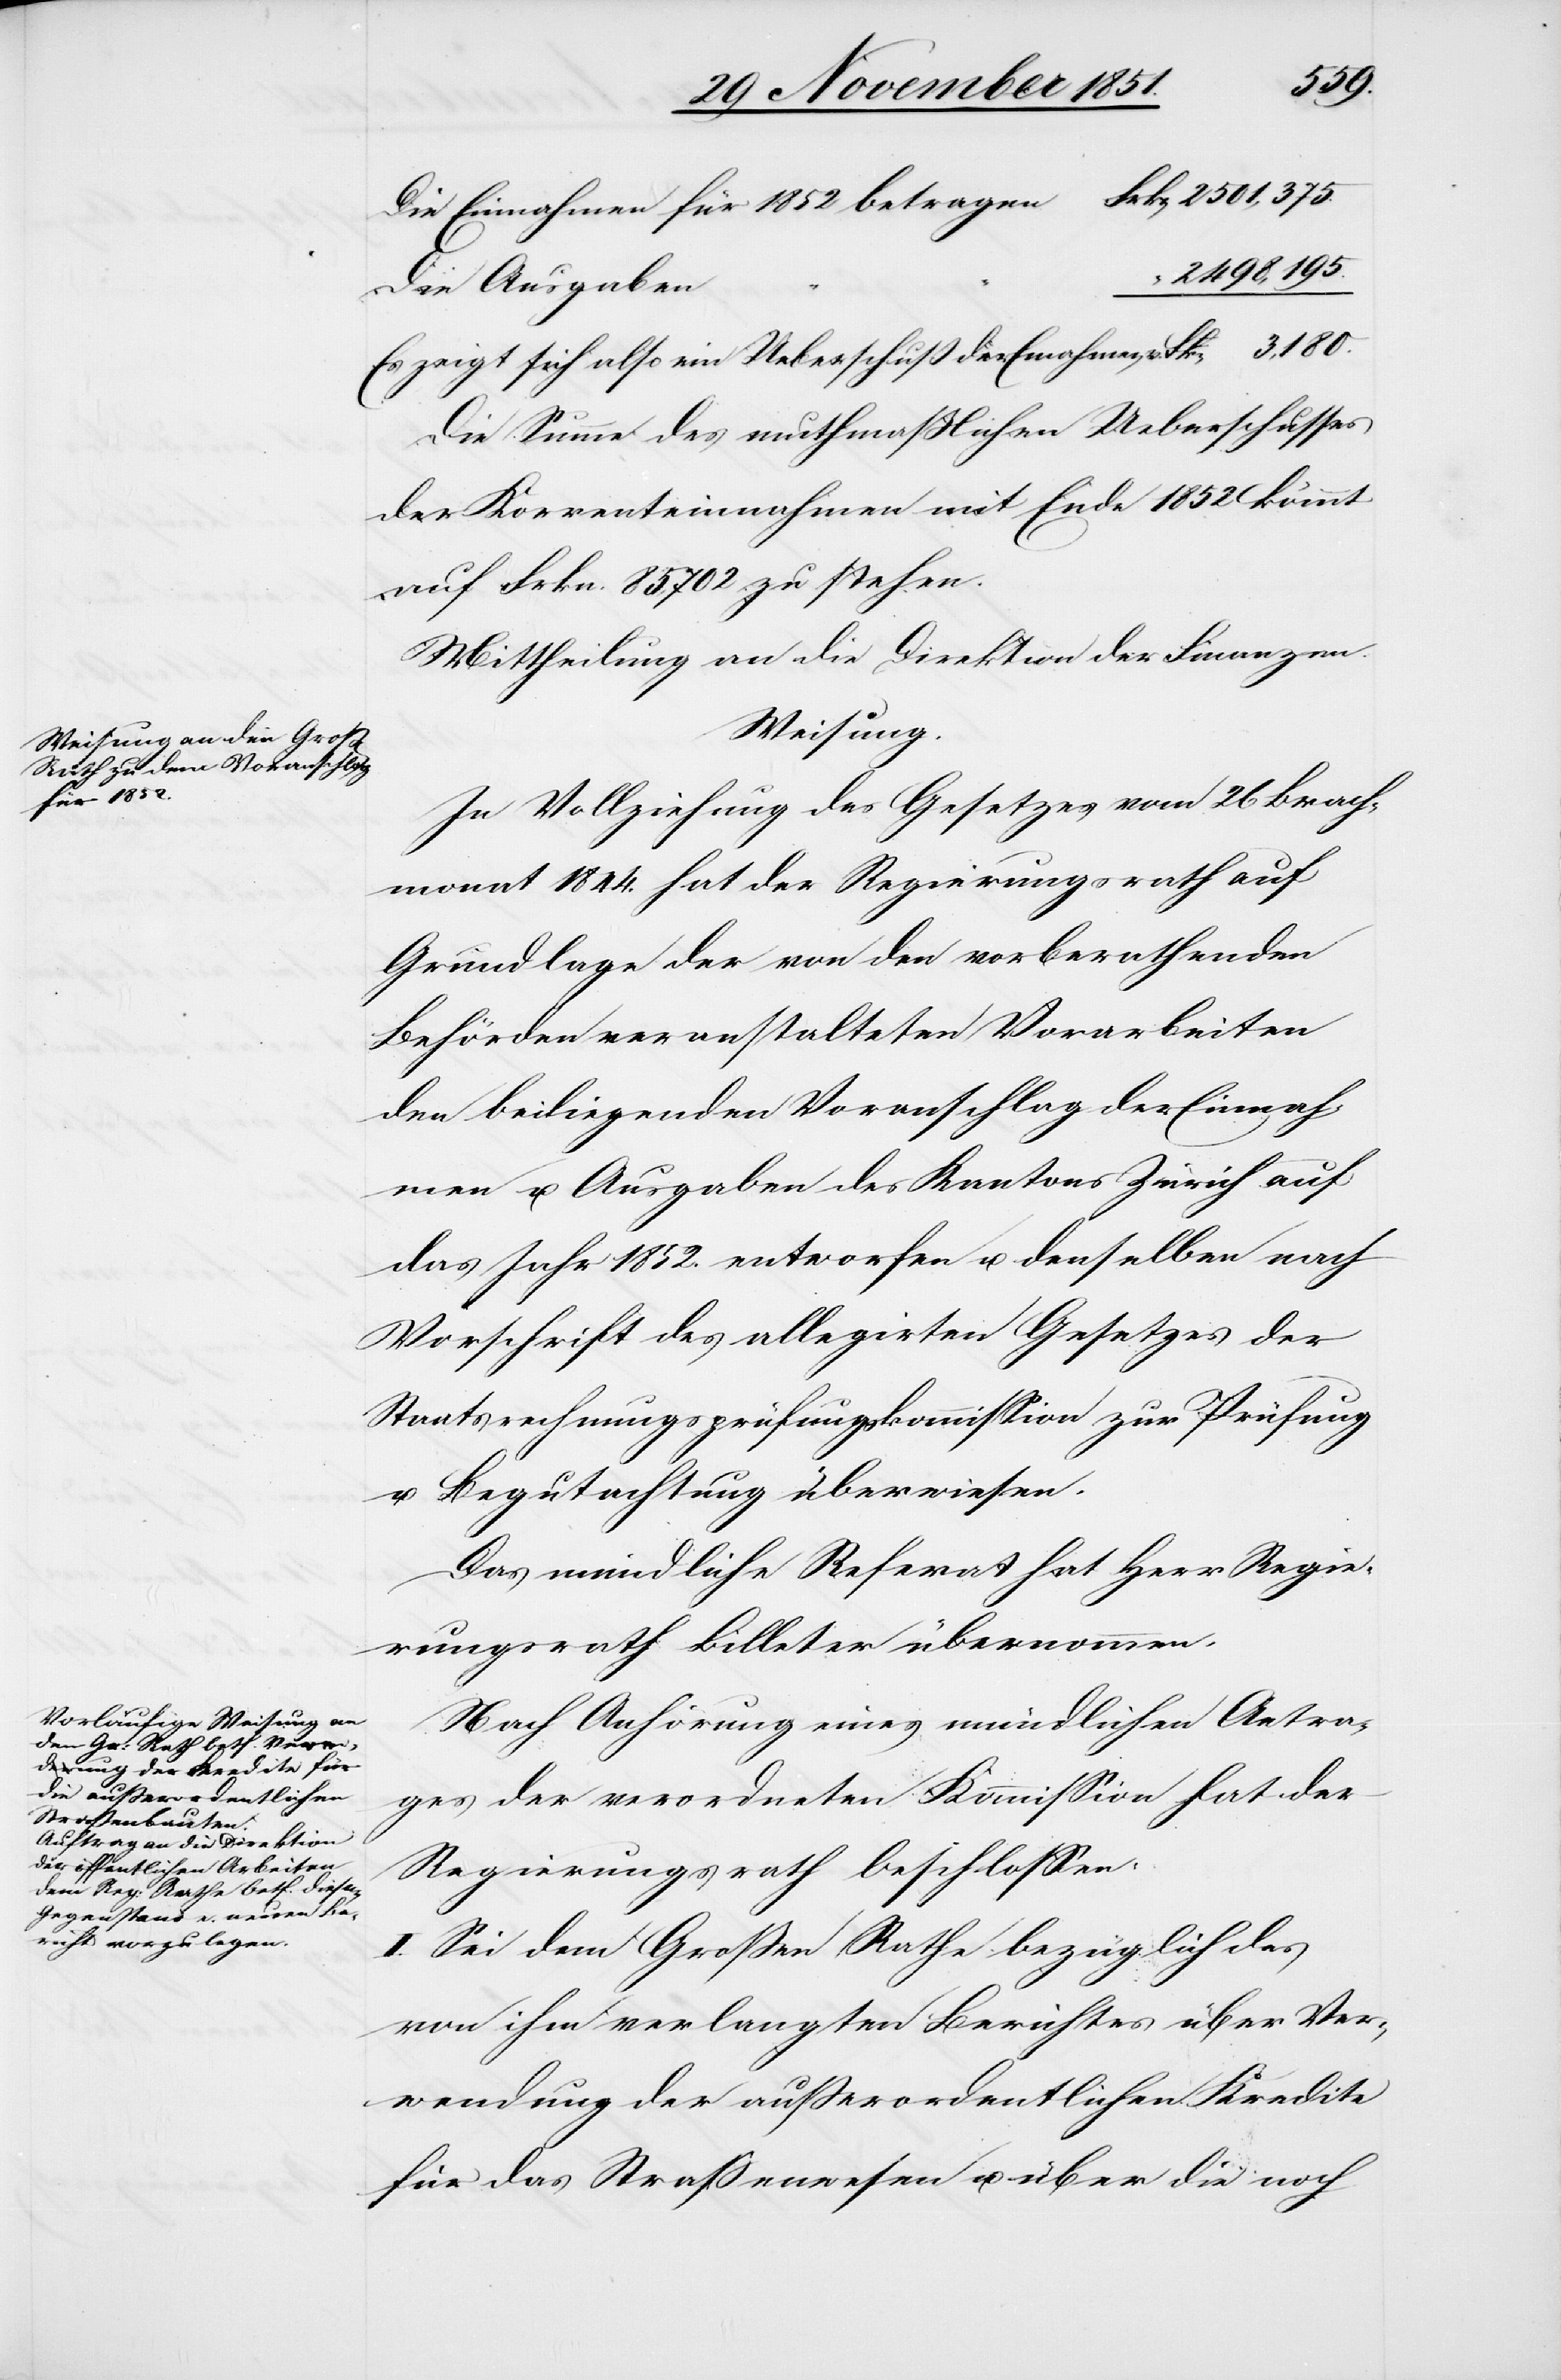
für 1852

2498,195.
Die Ausgaben
“
Es zeigt sich also ein Ueberschuß der Ein[n]ahmen v.
Die Summe des muthmaßlichen Ueberschusses
der Korrenteinnahmen mit Ende 1852 kömmt
auf Frkn. 85,702 zu stehen.
Mittheilung an die Direktion der Finanzen.
Weisung.
In Vollziehung des Gesetzes vom 26 Brach¬
monat 1844. hat der Regierungsrath auf
Grundlage der von den vorberathenden
Behörden veranstalteten Vorarbeiten
den beiliegenden Voranschlag der Einnah¬
men u. Ausgaben des Kantons Zürich auf
das Jahr 1852. entworfen u. denselben nach
Vorschrift des allegirten Gesetzes der
Staatsrechnungsprüfungskommission zur Prüfung
u. Begutachtung überwiesen.
Das mündliche Referat hat Herr Regie¬
rungsrath Billeter übernommen.
Nach Anhörung eines mündlichen Antra¬
ges der verordneten Kommission hat der
Regierungsrath beschlossen:
I. Sei dem Großen Rathe bezüglich des
von ihm verlangten Berichtes über Ver¬
wendung der außerordentlichen Kredite
für das Straßenwesen u. über die noch